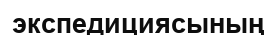
экспедициясының